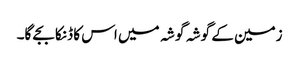
زمین کے گوشہ گوشہ میں اس کا ڈنکا بجے گا۔